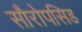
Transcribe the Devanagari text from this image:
सौरोपसिड